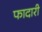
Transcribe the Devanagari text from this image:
फादारी